Report on the working of the mental hospitals for Indians in Bihar and Orissa - 1925-1929
Year: 1925
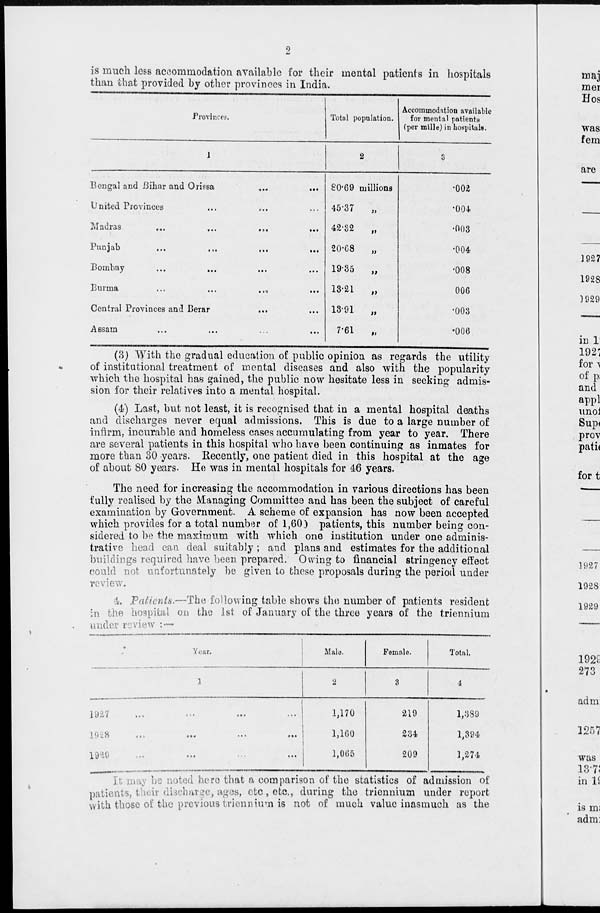
2
is much less accommodation available for their mental patients in hospitals
than that provided by other provinces in India.
Provinces.
1
Bengal and Bihar and Orissa
...
...
United Provinces ... ... ...
Madras
...
...
...
...
Punjab
...
...
...
...
Bombay
...
...
... ...
Burma
...
...
...
...
Central Provinces and Berar
... ...
Assam
...
...
...
...
Total population.
2
80.69 millions
45.37
„
42.32
„
20.68
„
19.35
„
13.21
„
13.91
„
7.61
„
Accommodation available
for mental patients
(per mille) in hospitals.
3
.002
.004
.003
.004
.008
.006
.003
.006
(3) With the gradual education of public opinion as regards the utility
of institutional treatment of mental diseases and also with the popularity
which the hospital has gained, the public now hesitate less in seeking admis-
sion for their relatives into a mental hospital.
(4) Last, but not least, it is recognised that in a mental hospital deaths
and discharges never equal admissions. This is due to a large number of
infirm, incurable and homeless cases accumulating from year to year. There
are several patients in this hospital who have been continuing as inmates for
more than 30 years. Recently, one patient died in this hospital at the age
of about 80 years. He was in mental hospitals for 46 years.
The need for increasing the accommodation in various directions has been
fully realised by the Managing Committee and has been the subject of careful
examination by Government. A scheme of expansion has now been accepted
which provides for a total number of 1,600 patients, this number being con-
sidered to be the maximum with which one institution under one adminis-
trative head can deal suitably ; and plans and estimates for the additional
buildings required have been prepared. Owing to financial stringency effect
could not unfortunately be given to these proposals during the period under
review.
4. Patients.—The following table shows the number of patients resident
in the hospital on the 1st of January of the three years of the triennium
under review :—
Year.
1
1927 ... ... ... ...
1928 ... ... ... ...
1929 ... ... ... ...
Male.
2
1,170
1,160
1,065
Female.
3
219
234
209
Total.
4
1,389
1,394
1,274
It may be noted hero that a comparison of the statistics of admission of
patients, their discharge, ages, etc, etc., during the triennium under report
with those of the previous triennium is not of much value inasmuch as the